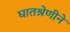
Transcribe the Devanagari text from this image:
घातश्रेणीने